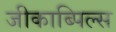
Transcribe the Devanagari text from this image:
जीकाब्पिल्स